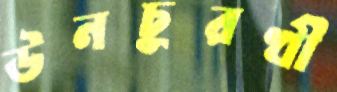
উনচুরখী